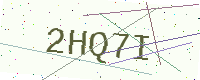
Text: 2HQ7I